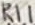
Text: R11